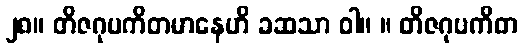
၂၈။ တိဇဂုပကိတမာနေဟိ ခဆသာ ဝါ။ ။ တိဇဂုပကိတ